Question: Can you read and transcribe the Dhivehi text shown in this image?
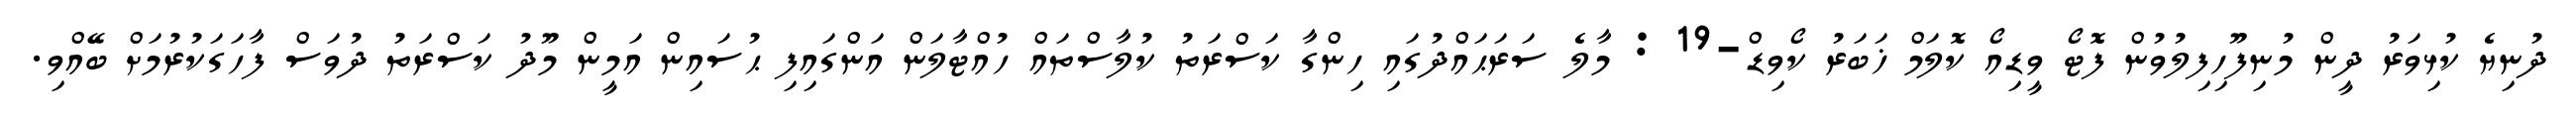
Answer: ދުނިޔެ ކުޅިވަރު ދީން މުނިފޫހިފިލުވުން ފޮޓޯ ވީޑިއޯ ކޮލަމް ޚަބަރު ކޯވިޑް-19 : މާލެ ސަރަޙައްދުގައި ހިންގާ ކަސްރަތު ކުލާސްތައް ހުއްޓާލަން އަންގައިފި ޙުސައިން އަމީން މޫދު ކަސްރަތު ދުވަސް ފާހަގަކުރުމަށް ބޭއްވި.